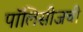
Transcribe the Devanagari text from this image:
पॉलिसीजची